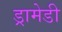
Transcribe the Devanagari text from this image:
ड्रामेडी